Suure-Kopu_vallavalitsus, lk 77
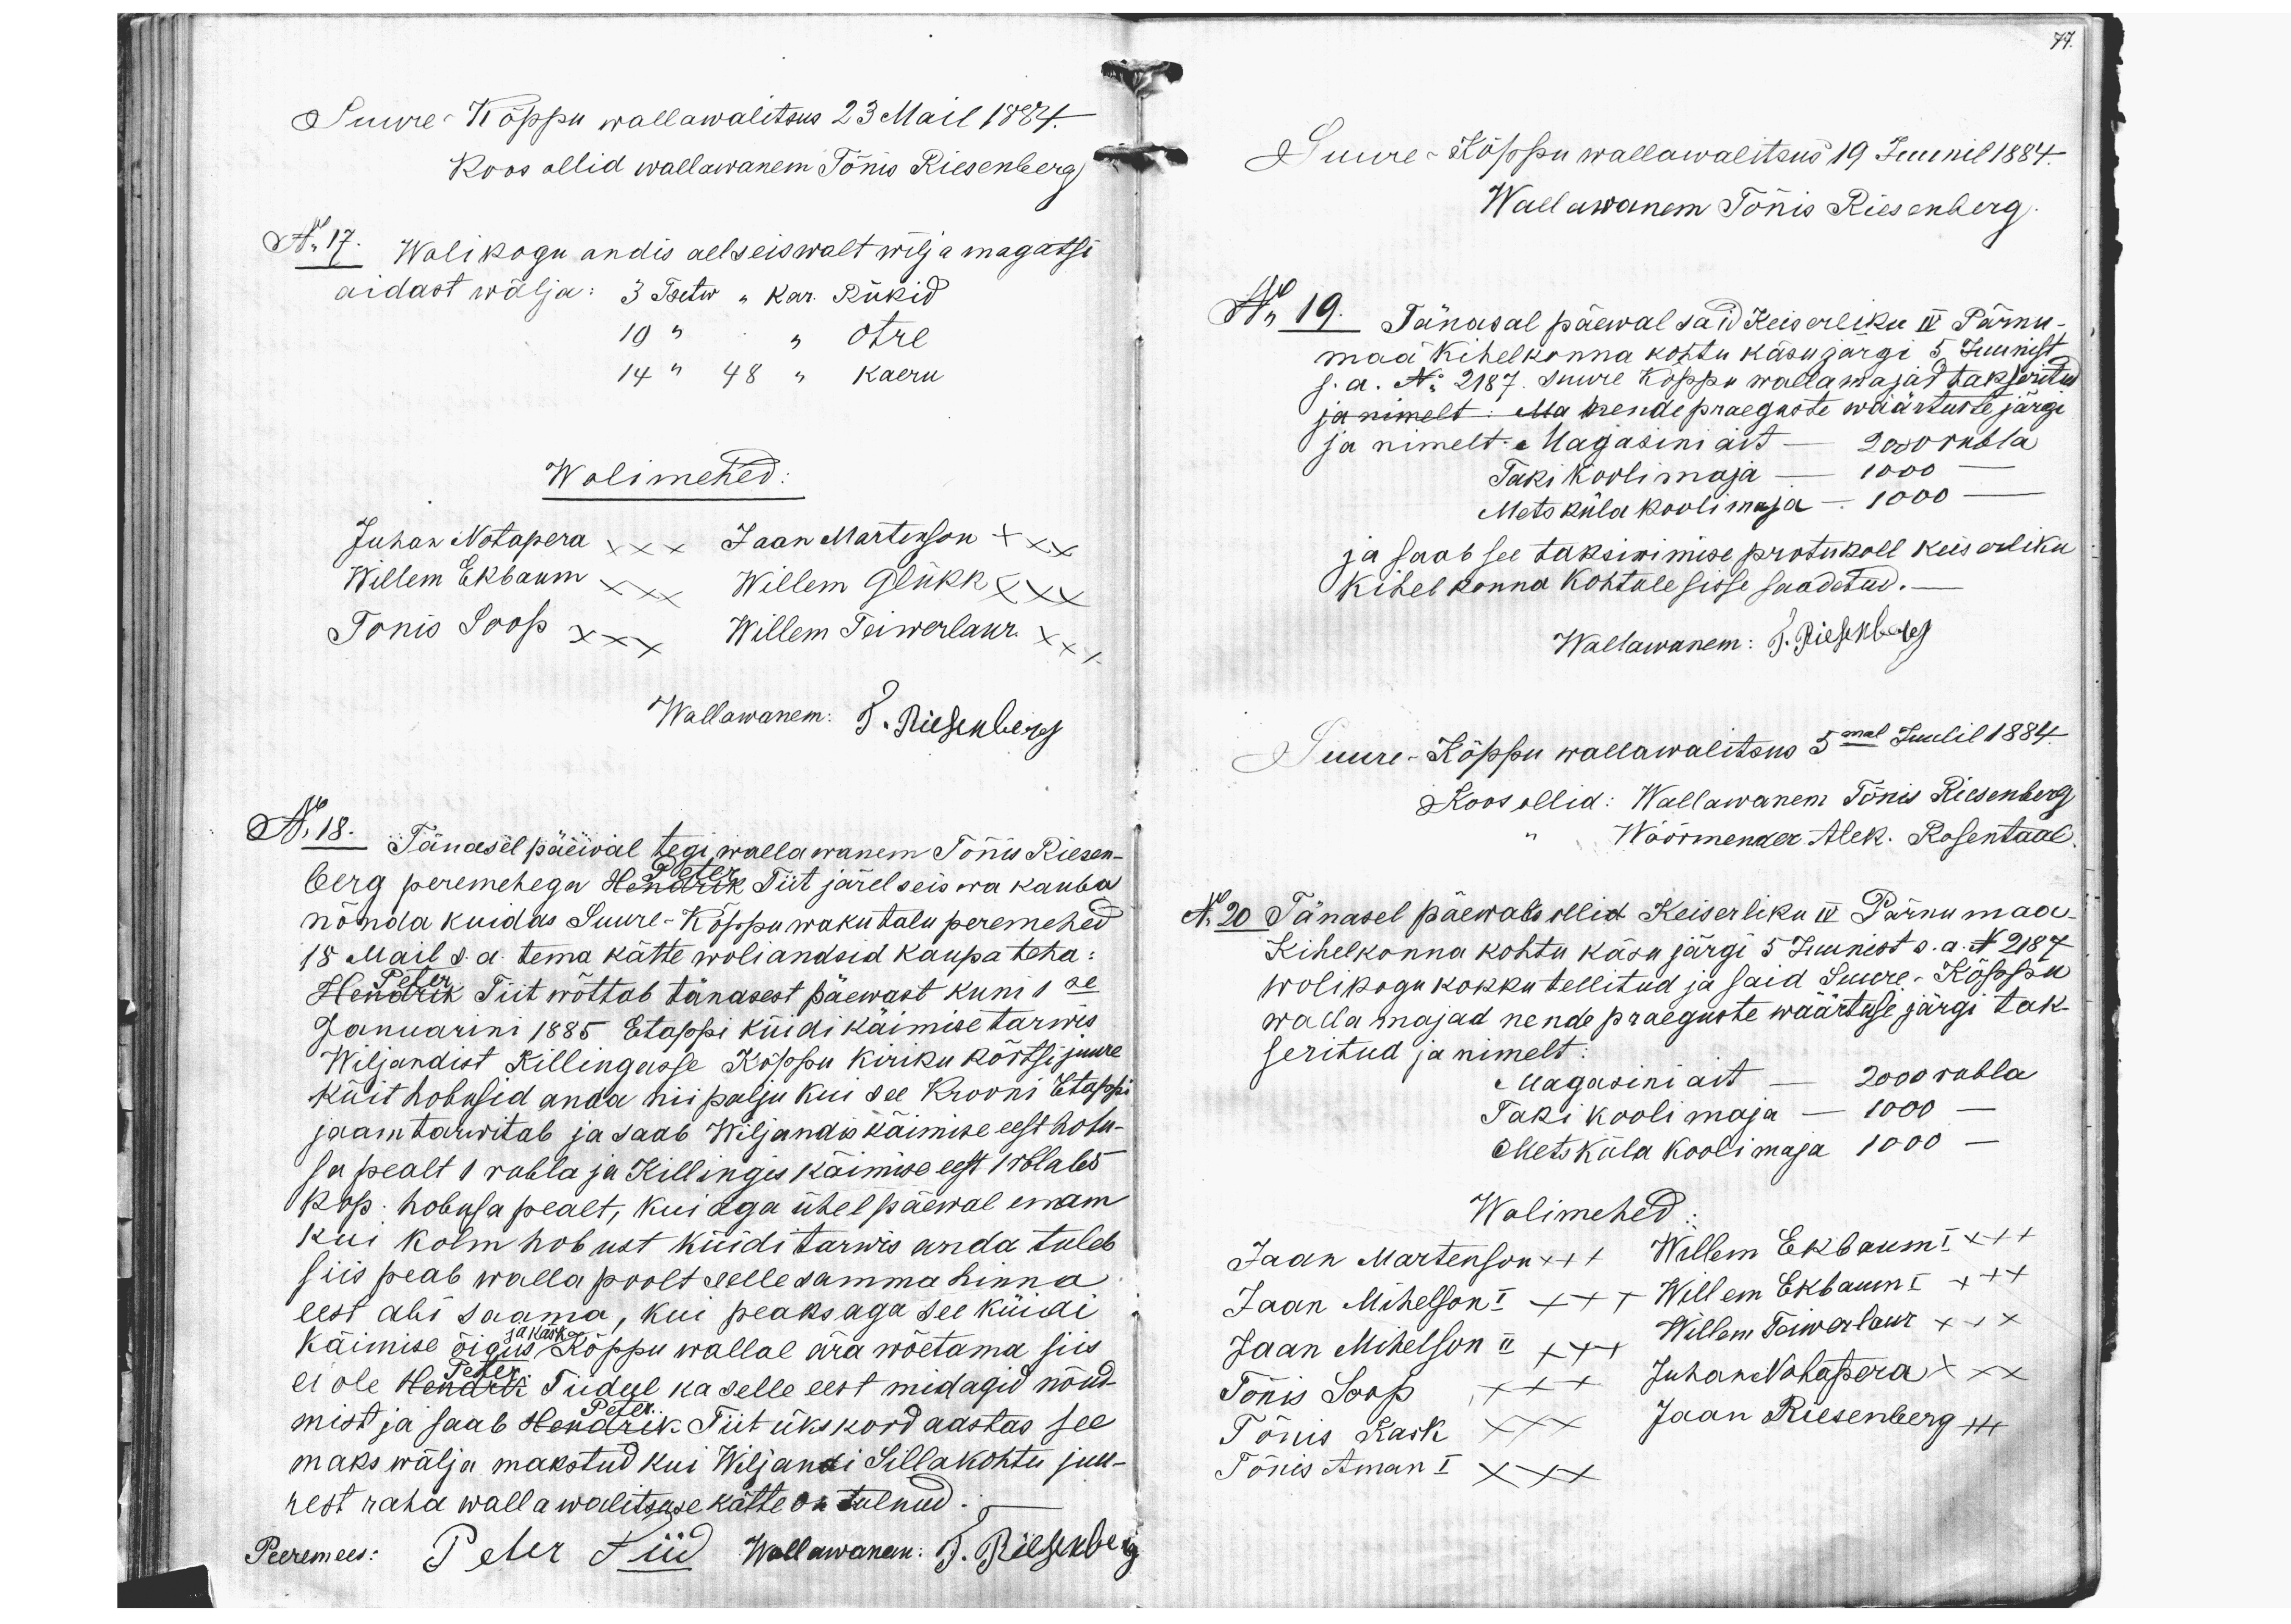
Suure-Kõppu wallawalitsus 23 Mail 1884.
Koos ollid wallawanem Tõnis Riesenberg
No 17. Walikogu andis eelseiswalt wilja magatsi
aidast wälja: 3 Tsetw " Kar. Rükid
19 " "  otre
14 " 48 " Kaeru
Wolimehed:
Juhan Notapera xxx Jaan Martinson +xx
Willem Ekbaum xxx Willem Glükk xxx
Tõnis Soop xxx  Willem Teiwerlaur xxx
Wallawanem. J. Riesenberg
No 18. Tänasel päewal tegi wallawanem Tõnis Riesen-
Peter
berg peremehega Hendrik Tiit järel seiswa kauba
nõnda kuidas Suure-Koppu wakutalu peremehed
18 Mail s.a. tema kätte woli andsid kaupa teha:
Peter
Hendrik Tiit wõttab tänasest päewast kuni 1se
Januarini 1885 Etappi küidi käimise tarwis
Wiljandist Kilingusse Kippu kiriku kõrtsijuure
küit hobusid anda nii palju kui see Krooni Etappi
jaam tarwitab ja saab Wiljandis käimise eest hobu-
su pealt 1 rubla ja Kilingis käimise eest 1 rublades
kop. hobusa pealt, kui aga ühel päewal enam
kui kolm hobust küidi tarwis anda tuleb.
siis peab walla poolt selle samma hinna
eest abi saama, kui peaks aga see küidi
ja käsk
Käimise õigus Kõppu wallal ära wõetama siis
Peter
ei ole Hendrik Tiidul ka selle eest midagid nõud-
Peter
mist ja saab Hendrik Tiit ükskord aastas see
maks wälja makstud kui Wiljandi Sillakohtu juu-
rest raha wallawalitsuse kätte on tulnud.
Peeremees: Peter Siid Wallawanem. J. Riesenberg

77.
Suure-Lõppu wallawalitsus 19 Juunil 1884.
Waelawanem Tõnis Riesenberg.
No 19. Tänasal päewal said Keiserliku IV Pärnu-
maa kihelkonna kohtu käsu järgi 5. Juunist
s. a. No 2187. Suure Kõppu wallamajad takseritud
ja nimelt Ma krende praegaste wäärtuste järgi
ja nimelt: Magasini ait - 2000 rubla
Taki koolimaja - 1000
Mets küla koolimaja - 1000
ja saab see takserimise protukoll keiserliku
kihelkonna kohtule sisse saadetud.
Wallawanem: J. Riesenberg
Suure-Kõppu wallawalitsus 5mal Juulil 1884
Koos ollid: Wallawanem Tõnis Riesenberg
Wöörmender Alex. Rosentaal
No 20 Tänasel päewal ollid Keiserliku IV Pärnumaa
Kihelkonna kohtu käsu järgi 5 Juunist s.a. No 2187
wolikogu kokku tellitud ja said Suure-Kõppu
walla majad nende praeguste wäärtuse järgi tak-
seritud ja nimelt:
Magasini ait - 2000 rubla
Taki koolimaja - 1000 -
Mets küla koolimaja 1000 -
Wolimehed
Jaan Martenson x++ Willem Ekbaum I xx+
Jaan Mihelson I x++ Willem Ekbaum I x+x
Jaan Mihelson II x++ Willem Teiwerlaur xxx
Tõnis Soop xxx Juhan Notapera +xx
Tõnis Kask xxx Jaan Riesenberg +++
Tõnis Aman I xxx